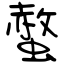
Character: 螫